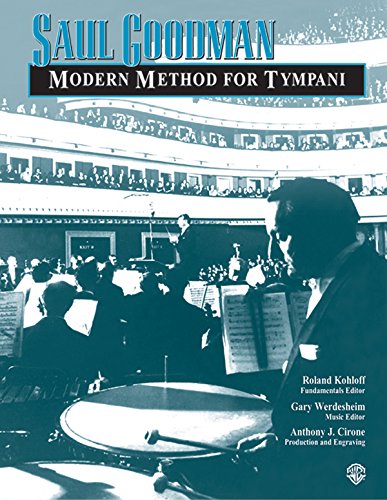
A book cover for Saul Goodman: Modern Method for Tympani; Saul Goodman; Reference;